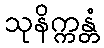
သုနိက္ကန္တံ